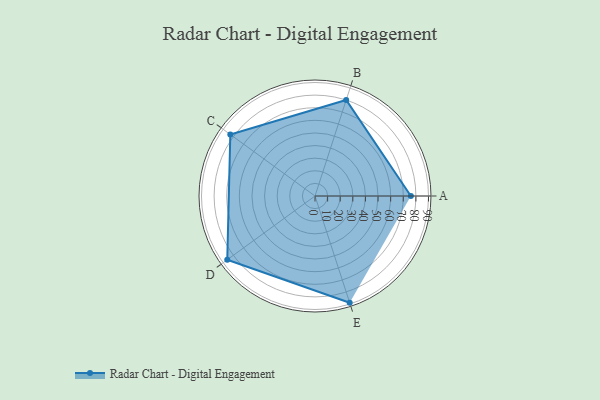
{"axis": {"x": "Skill", "y": "Score"}, "legend": ["Profile"], "data": [{"x": "A", "y": 76.0, "type": "Profile"}, {"x": "B", "y": 80.0, "type": "Profile"}, {"x": "C", "y": 83.0, "type": "Profile"}, {"x": "D", "y": 86.0, "type": "Profile"}, {"x": "E", "y": 89.0, "type": "Profile"}]}